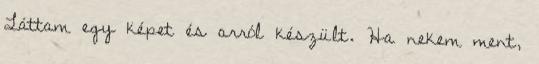
Láttam egy képet és arról készült. Ha nekem ment,